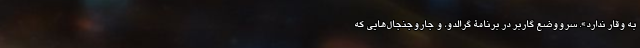
به وقار ندارد». سرووضع گاربر در برنامۀ گرالدو، و جاروجنجال‌هایی که